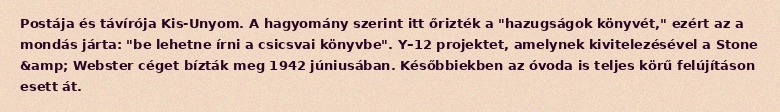
Postája és távírója Kis-Unyom. A hagyomány szerint itt őrizték a "hazugságok könyvét," ezért az a mondás járta: "be lehetne írni a csicsvai könyvbe". Y–12 projektet, amelynek kivitelezésével a Stone &amp; Webster céget bízták meg 1942 júniusában. Későbbiekben az óvoda is teljes körű felújításon esett át.